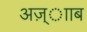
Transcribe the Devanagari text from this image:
अज़्ााब